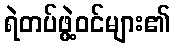
ရဲတပ်ဖွဲ့ဝင်များ၏